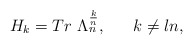
\begin{align*}H_{k} = Tr {~} \Lambda_{n}^{\frac{k}{n}}, {~}{~~~~} k \neq ln,\end{align*}